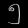
Digit: ၅